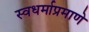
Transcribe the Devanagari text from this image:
स्वधर्माप्रमाणे